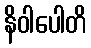
နိဝါပေါတိ